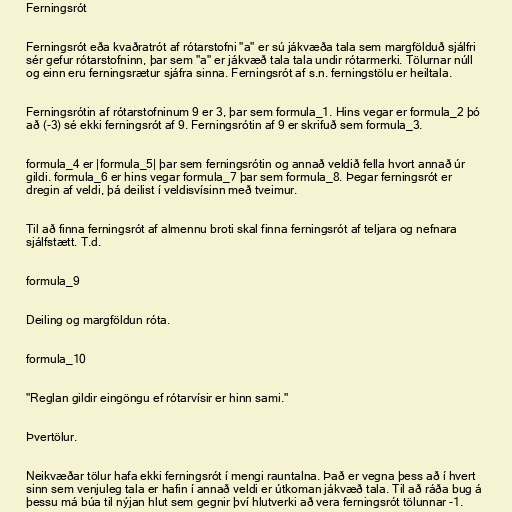
Ferningsrót

Ferningsrót eða kvaðratrót af rótarstofni "a" er sú jákvæða tala sem margfölduð sjálfri
sér gefur rótarstofninn, þar sem "a" er jákvæð tala tala undir rótarmerki. Tölurnar núll
og einn eru ferningsrætur sjáfra sinna. Ferningsrót af s.n. ferningstölu er heiltala.

Ferningsrótin af rótarstofninum 9 er 3, þar sem formula_1. Hins vegar er formula_2 þó
að (-3) sé ekki ferningsrót af 9. Ferningsrótin af 9 er skrifuð sem formula_3.

formula_4 er |formula_5| þar sem ferningsrótin og annað veldið fella hvort annað úr
gildi. formula_6 er hins vegar formula_7 þar sem formula_8. Þegar ferningsrót er
dregin af veldi, þá deilist í veldisvísinn með tveimur.

Til að finna ferningsrót af almennu broti skal finna ferningsrót af teljara og nefnara
sjálfstætt. T.d.

formula_9

Deiling og margföldun róta.

formula_10

"Reglan gildir eingöngu ef rótarvísir er hinn sami."

Þvertölur.

Neikvæðar tölur hafa ekki ferningsrót í mengi rauntalna. Það er vegna þess að í hvert
sinn sem venjuleg tala er hafin í annað veldi er útkoman jákvæð tala. Til að ráða bug á
þessu má búa til nýjan hlut sem gegnir því hlutverki að vera ferningsrót tölunnar -1.